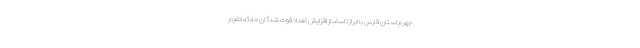
جهرم استان فارس با ابراز تاسف از افزایش تعداد فوت شدگان حادثه انفجار